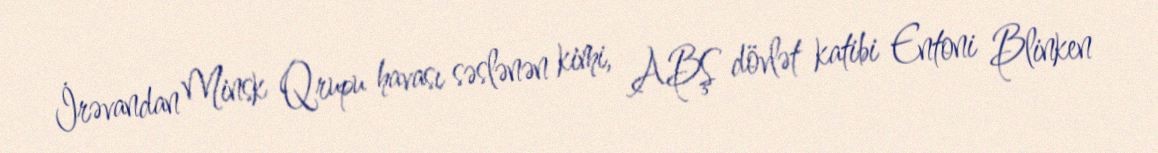
İrəvandan Minsk Qrupu havası səslənən kimi, ABŞ dövlət katibi Entoni Blinken